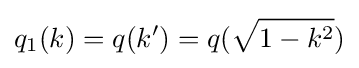
q_{1}(k)=q(k')=q({\sqrt {1-k^{2}}})